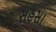
સહસા